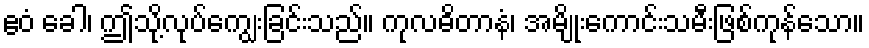
ဧဝံ ခေါ၊ ဤသို့လုပ်ကျွေးခြင်းသည်။ ကုလဓိတာနံ၊ အမျိုးကောင်းသမီးဖြစ်ကုန်သော။